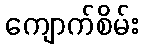
ကျောက်စိမ်း